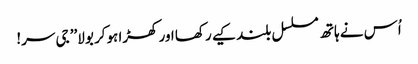
اُس نے ہاتھ مسلسل بلند کیے رکھا اور کھڑا ہوکر بولا’’ جی سر!